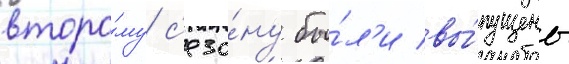
второ́му с'езо́ну бы́л'и вы́пущены